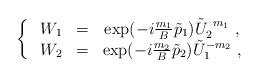
LaTeX: \begin{align*}\left\{~\begin{array}{ccc}W_1&=& \exp (-i \frac{m_1 }B \tilde{p}_1 ) \tilde{U}_2^{~m_1}~, \\W_2&=& \exp (-i \frac{m_2 }B \tilde{p}_2 ) \tilde{U}_1^{-m_2}~,\end{array}\right.\end{align*}